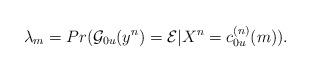
LaTeX: \begin{align*}\lambda_m = Pr(\mathcal{G}_{0u}(y^n) = \mathcal{E} | X^n = c_{0u}^{(n)}(m) ).\end{align*}